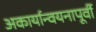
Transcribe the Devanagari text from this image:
अकार्यान्वयनापूर्वी